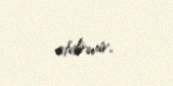
etdirmir.